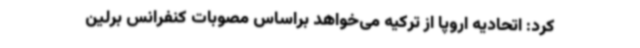
کرد: اتحادیه اروپا از ترکیه می‌خواهد براساس مصوبات کنفرانس برلین